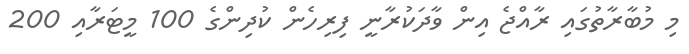
މި މުބާރާތުގައި ރާއްޖެ އިން ވާދަކުރާނީ ފިރިހެން ކުދިންގެ 100 މީޓަރާއި 200